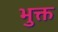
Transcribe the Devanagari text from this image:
भुक्त